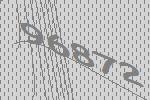
96872